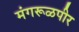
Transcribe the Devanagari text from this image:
मंगरूळपीर